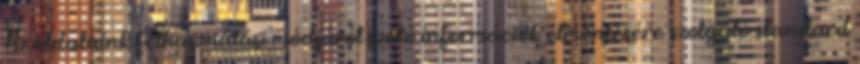
Az oldalaink felhasználási módjáról szóló információk elmentésére szolgáló standard